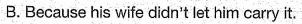
B.Because his wife didn't let him carry it.